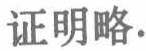
证明略.